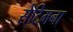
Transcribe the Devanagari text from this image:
सेटिमना